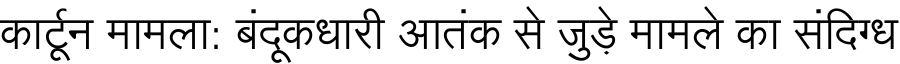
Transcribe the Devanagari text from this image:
कार्टून मामला: बंदूकधारी आतंक से जुड़े मामले का संदिग्ध